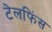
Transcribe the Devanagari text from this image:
टेलफिंस